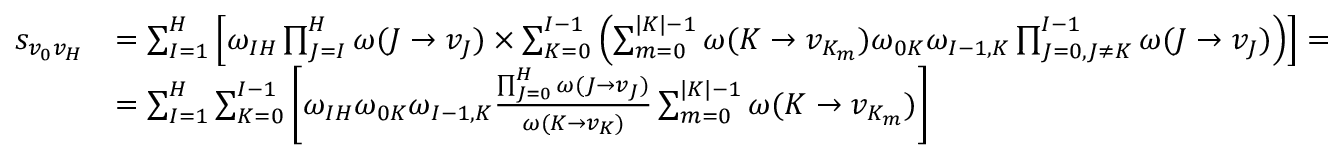
\begin{array} { r l } { s _ { v _ { 0 } v _ { H } } } & { = \sum _ { I = 1 } ^ { H } \left[ \omega _ { I H } \prod _ { J = I } ^ { H } \omega ( J \to v _ { J } ) \times \sum _ { K = 0 } ^ { I - 1 } \left( \sum _ { m = 0 } ^ { | K | - 1 } \omega ( K \to v _ { K _ { m } } ) \omega _ { 0 K } \omega _ { I - 1 , K } \prod _ { J = 0 , J \neq K } ^ { I - 1 } \omega ( J \to v _ { J } ) \right) \right] = } \\ & { = \sum _ { I = 1 } ^ { H } \sum _ { K = 0 } ^ { I - 1 } \left[ \omega _ { I H } \omega _ { 0 K } \omega _ { I - 1 , K } \frac { \prod _ { J = 0 } ^ { H } \omega ( J \to v _ { J } ) } { \omega ( K \to v _ { K } ) } \sum _ { m = 0 } ^ { | K | - 1 } \omega ( K \to v _ { K _ { m } } ) \right] } \end{array}